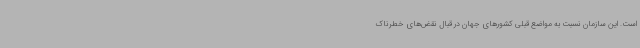
است. این سازمان نسبت به مواضع قبلی کشورهای جهان در قبال نقض‌های خطرناک